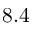
8 . 4